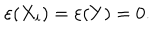
LaTeX: \varepsilon ( X _ { i } ) = \varepsilon ( Y ) = 0 .